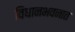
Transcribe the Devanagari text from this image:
विधानभवनात